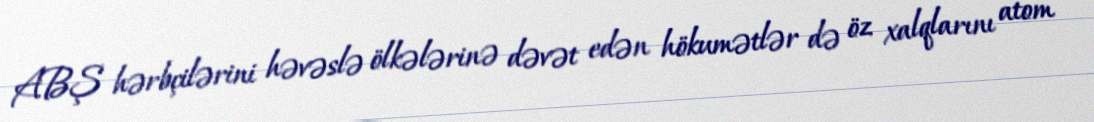
ABŞ hərbçilərini həvəslə ölkələrinə dəvət edən hökumətlər də öz xalqlarını atom